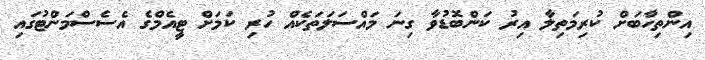
އިންތިހާބަށް ކުރިމަތިލާ އިރު ކަންބޮޑުވާ ގިނަ މައްސަލަތަކެއް ހުރި ކަމަށް ޓީއެމްގެ އެސެސްމަންޓުގައި